Kaarli_hariduselts_Sade, lk 4
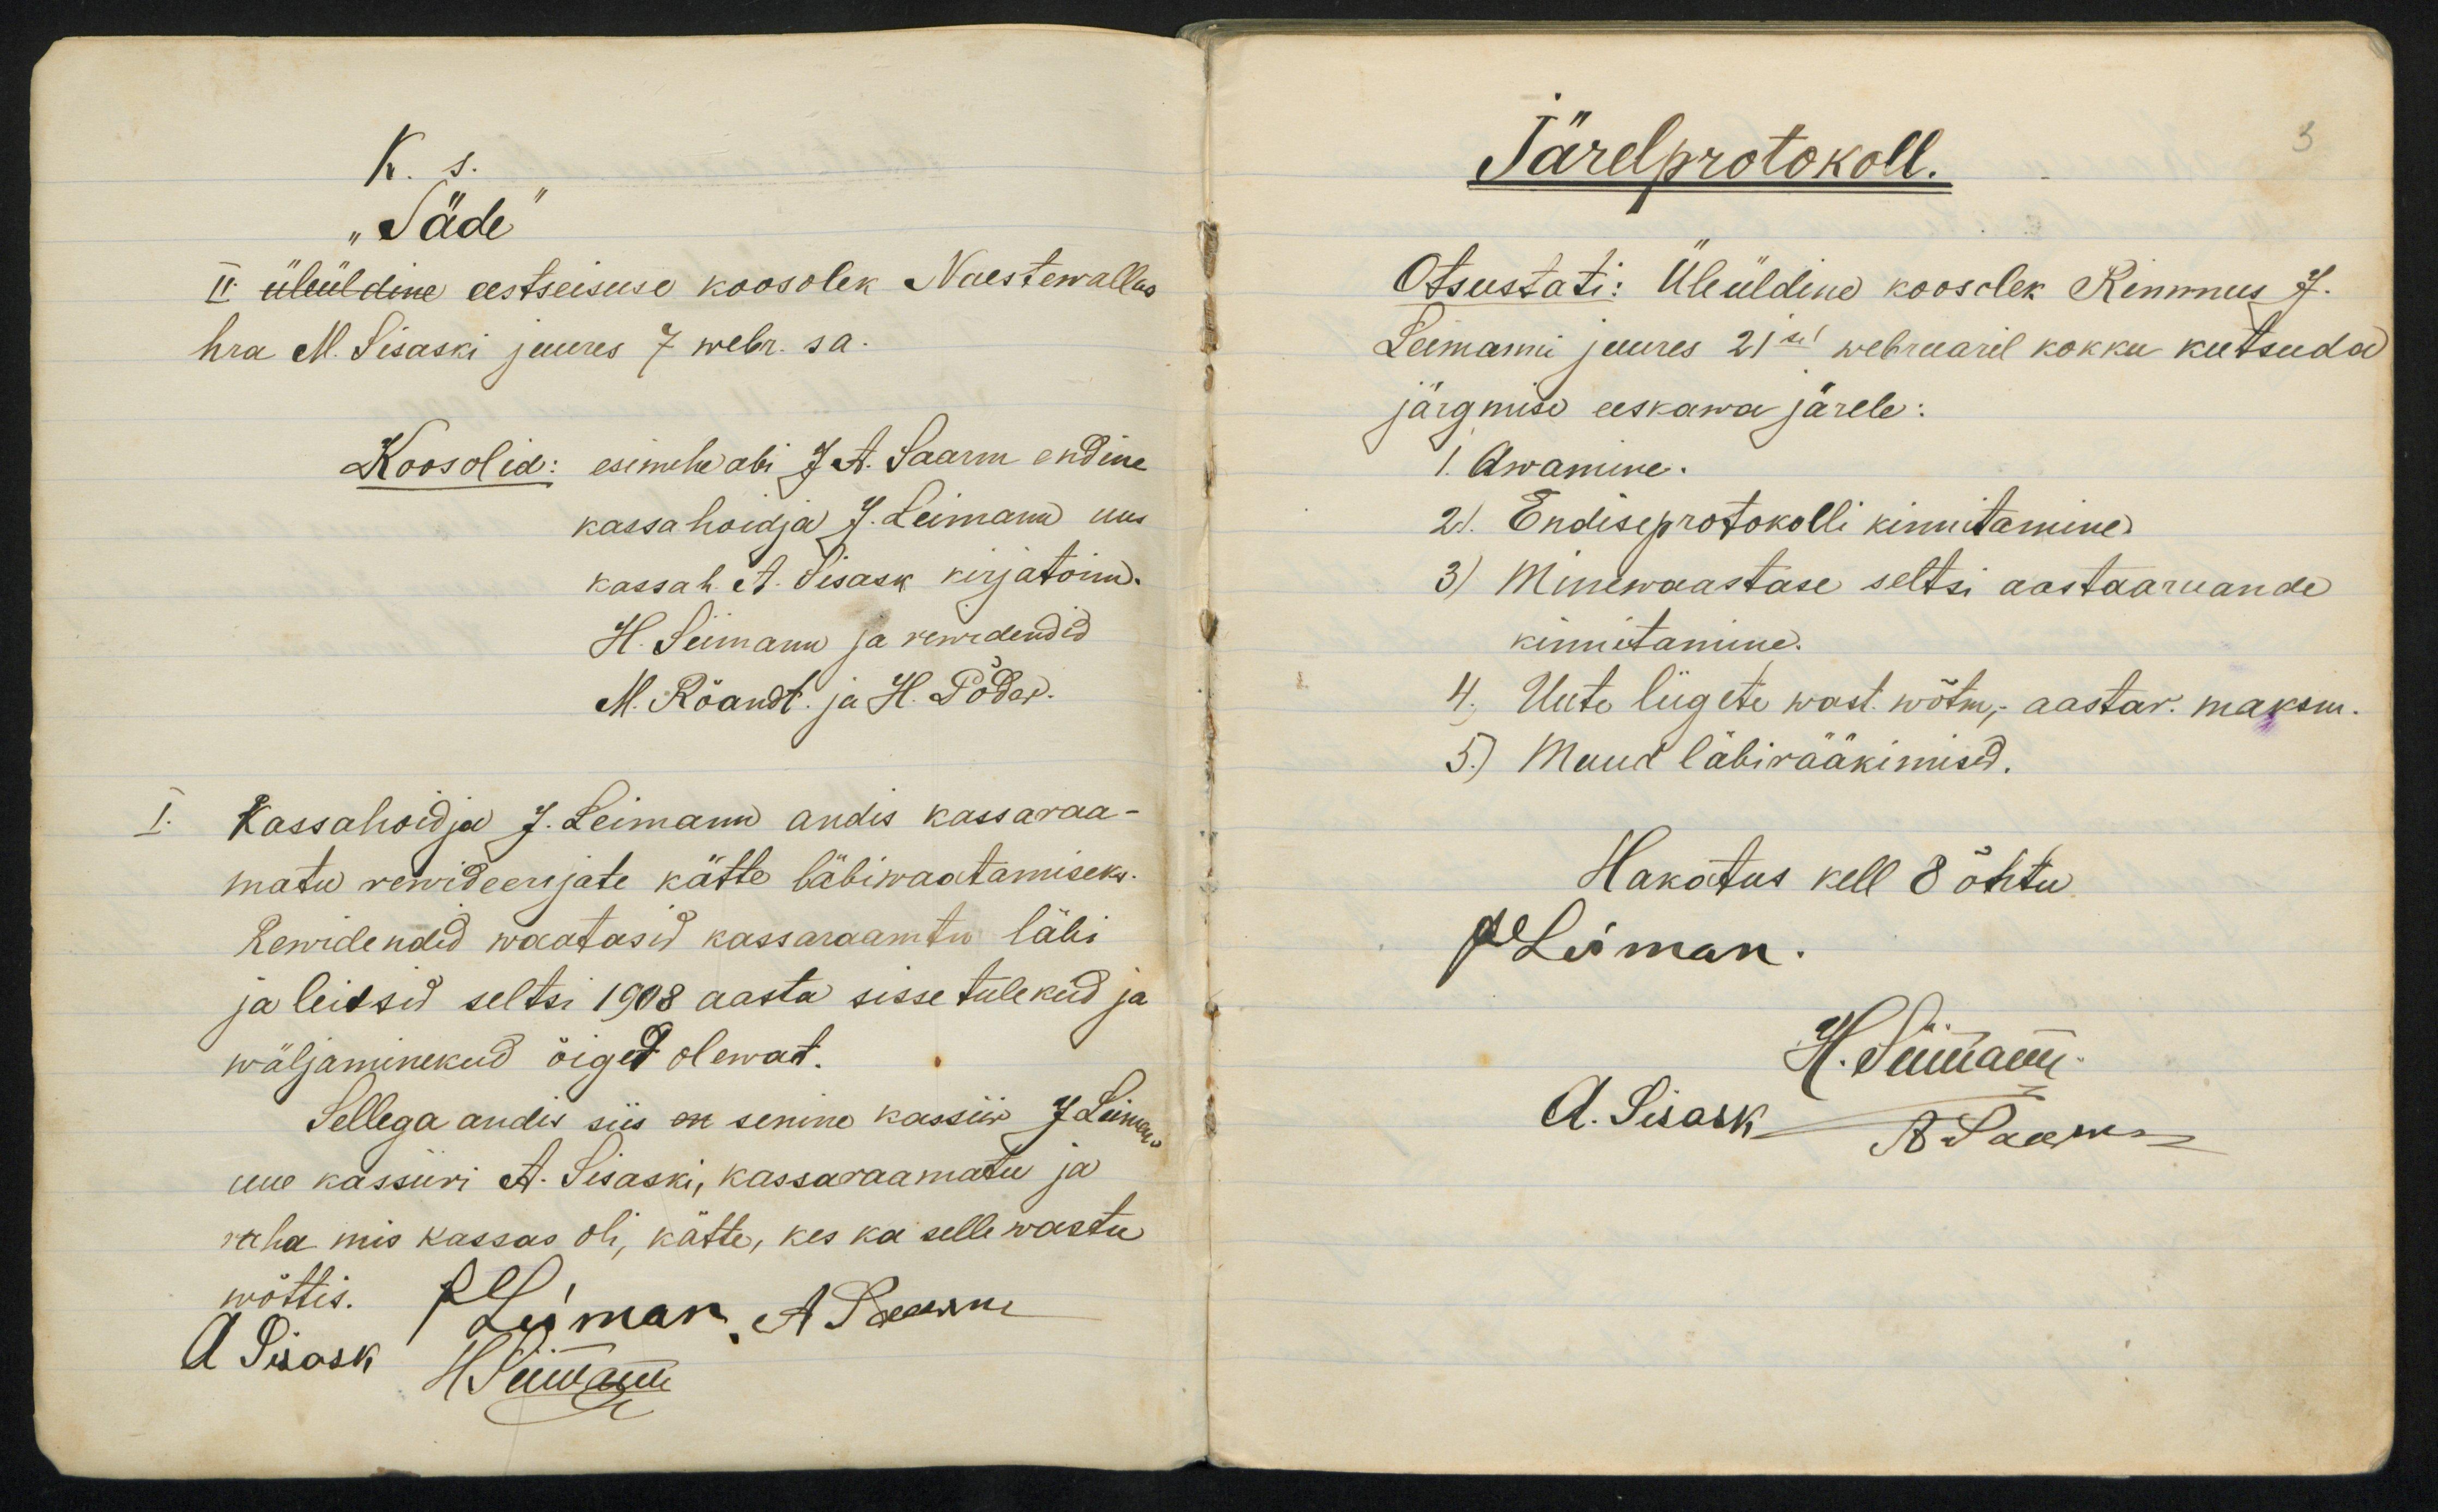
"TädeII uleüldene eestseisuse koosolek Naestewallashra M. Sisaski juures 7 webr. sa.Roosolid: esimehwabi Jat. Saarm endineKassahoidja J. Leimann andis kassaraa-matu rewideerijate kätte läbiwaatamiseks.Rewrdendid waatasid kassaraamtu läbija leidsid seltsi 1908 aasta sisse tulekud jawäljaminekud õiged olewat.Sellega andes siis on senine kassiis 7Liimauue kassuri A. Sisaski, Kassaraamatu jaraha mis kassas oli, kätte, kes ka selle wastuwõttis.

Tärelprotokoll.Otsustati: Üleüldind koosolek Rimnnus 7.Leemamnu juures 21ai webruarel kokku kutsudajärgmisi eeskawa järele:1. Awamine.21. Endiseprotokolli kinnitamine3) Minewaastase seltsi aastaaruandekinnitamine.4. Uute liigete wast wõtm, aastav. maksm.5) Muud läbirääkimised.Hakatus kell 8 õhtu